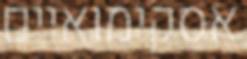
אסקימואיים